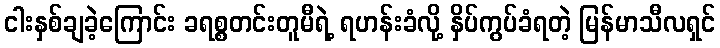
ငါးနှစ်ချခဲ့ကြောင်း ခရစ္စတင်းတူမီရဲ့ ရဟန်းခံလို့ နှိပ်ကွပ်ခံရတဲ့ မြန်မာသီလရှင်